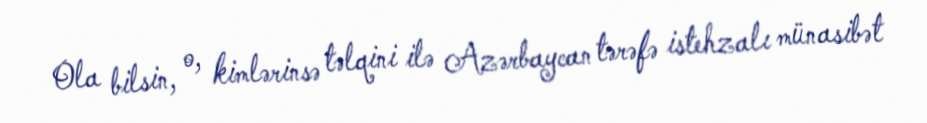
Ola bilsin, o, kimlərinsə təlqini ilə Azərbaycan tərəfə istehzalı münasibət